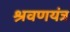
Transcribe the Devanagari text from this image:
श्रवणयंत्र